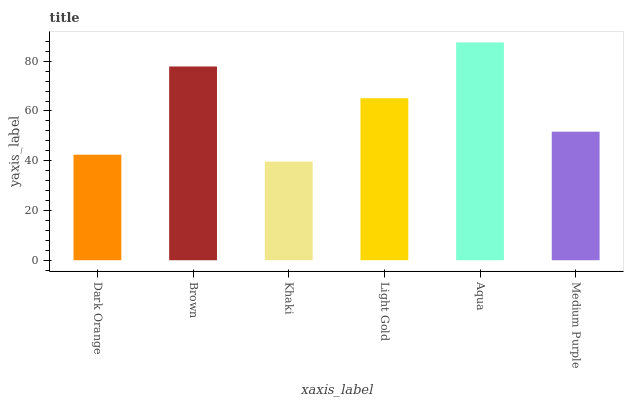
| xaxis_label | bars |
 | --- | --- |
 | Dark Orange | 42.4 |
 | Brown | 77.9 |
 | Khaki | 39.6 |
 | Light Gold | 65.1 |
 | Aqua | 87.6 |
 | Medium Purple | 51.7 |